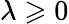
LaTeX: \lambda\geqslant 0